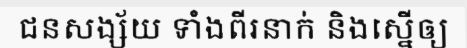
ជនសង្ស័យ ទាំងពីរនាក់ និងស្នើឲ្យ